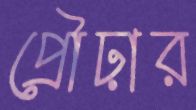
প্রৌঢ়ার